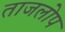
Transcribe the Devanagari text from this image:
ताजलोप